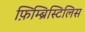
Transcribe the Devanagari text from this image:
फ़िम्ब्रिस्टिलिस